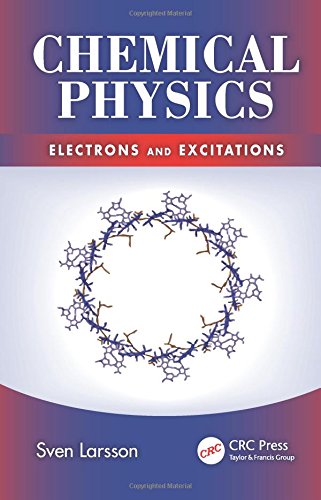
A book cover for Chemical Physics: Electrons and Excitations; Sven Larsson; Science & Math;